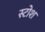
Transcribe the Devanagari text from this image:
स्टोश